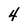
Character: 4